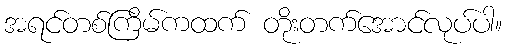
အရင်တစ်ကြိမ်ကထက် တိုးတက်အောင်လုပ်ပါ။